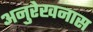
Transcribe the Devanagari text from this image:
अनुरेखनास